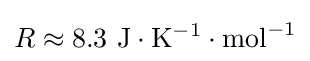
R\approx 8.3\ \mathrm {J} \cdot \mathrm {K} ^{-1}\cdot \mathrm {mol} ^{-1}